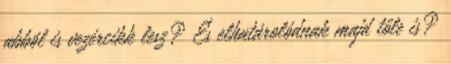
abból is vezércikk lesz? És elhatárolódnak majd tőle is?